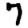
Digit: 7